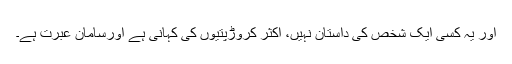
اور یہ کسی ایک شخص کی داستان نہیں، اکثر کروڑپتیوں کی کہانی ہے اورسامانِ عبرت ہے۔